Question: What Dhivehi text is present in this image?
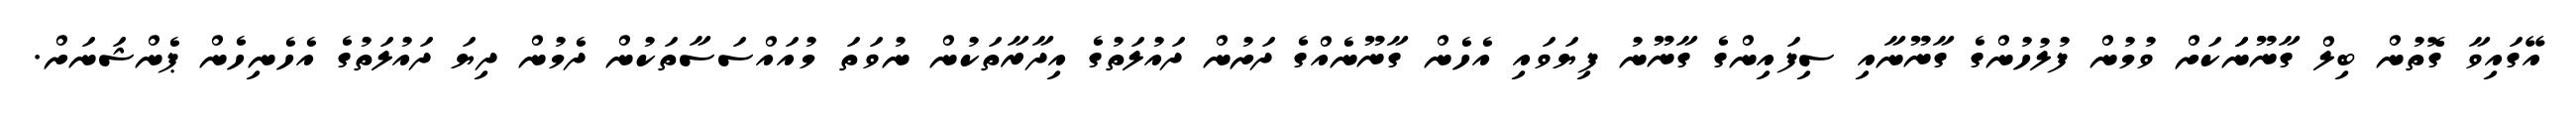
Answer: އޭގައިވާ ގޮތުން ބިލް ގާނޫނަަކަށް ވުމުން ފުލުހުންގެ ގާނޫނާއި ސިފައިންގެ ގާނޫނު ފިޔަވައި އެހެން ގާނޫނެއްގެ ދަށުން ދައުލަތުގެ އިދާރާތަކުން ނުވަތަ މުއައްސަސާތަކުން ދެމުން ދިޔަ ދައުލަތުގެ އެހެނިހެން ޕެންޝަނަށް.